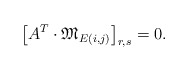
\begin{align*}\left[ A^T \cdot \mathfrak{M}_{E(i,j)} \right]_{r,s} = 0. \end{align*}